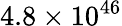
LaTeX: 4.8\times 10^{46}